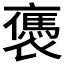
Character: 𧝥